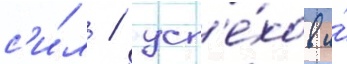
с'и́л / усп'е́хов и́